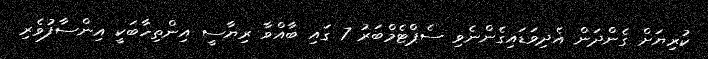
ކުރިޔަށް ގެންދަން އެދިވަޑައިގެންނެވި ސެޕްޓެމްބަރު 7 ގައި ބާއްވާ ރިޔާސީ އިންތިހާބަކީ އިންސާފުވެރި